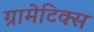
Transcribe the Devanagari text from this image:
ग्रामेटिक्स